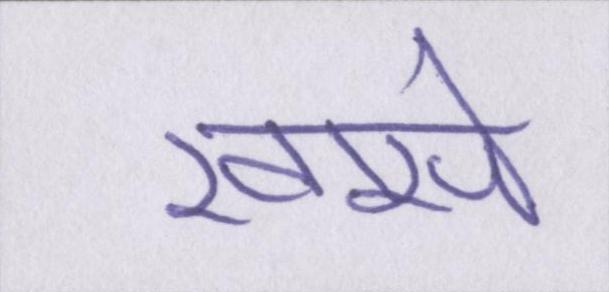
खासे